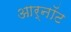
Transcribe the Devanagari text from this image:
आर्नॉट